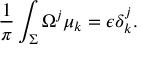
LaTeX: { \frac { 1 } { \pi } } \int _ { \Sigma } \Omega ^ { j } \mu _ { k } = \epsilon \delta _ { k } ^ { j } .